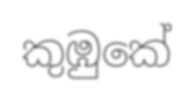
කුඹුකේ